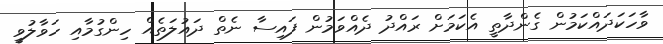
ވާހަކަދައްކަމުން ގެންދާތީ އެކަމަށް ރައްދު ދެއްވަމުން ފައިސާ ނެތް ދައުލަތެއް ހިންގުމާއި ހަވާލުވީ